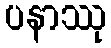
ပနာဿု